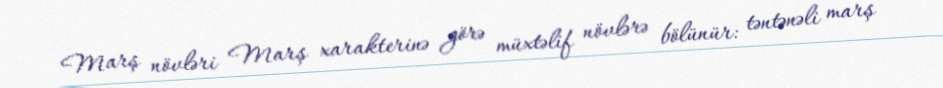
Marş növləri Marş xarakterinə görə müxtəlif növlərə bölünür: təntənəli marş